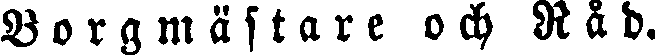
Borgmästare och Råd.